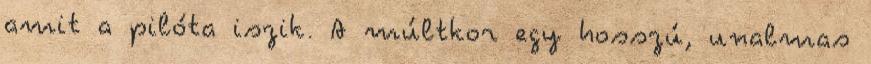
amit a pilóta iszik. A múltkor egy hosszú, unalmas